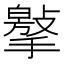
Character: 𢵿